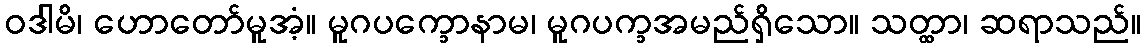
ဝဒါမိ၊ ဟောတော်မူအံ့။ မူဂပက္ခောနာမ၊ မူဂပက္ခအမည်ရှိသော။ သတ္ထာ၊ ဆရာသည်။